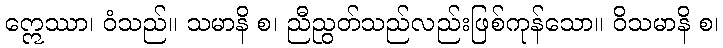
ဣေဿာ၊ ဝံသည်။ သမာနိ စ၊ ညီညွတ်သည်လည်းဖြစ်ကုန်သော။ ဝိသမာနိ စ၊